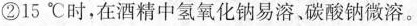
②15℃时，在酒精中氢氧化钠易溶。